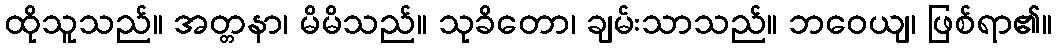
ထိုသူသည်။ အတ္တနာ၊ မိမိသည်။ သုခိတော၊ ချမ်းသာသည်။ ဘဝေယျ၊ ဖြစ်ရာ၏။